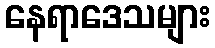
နေရာဒေသများ